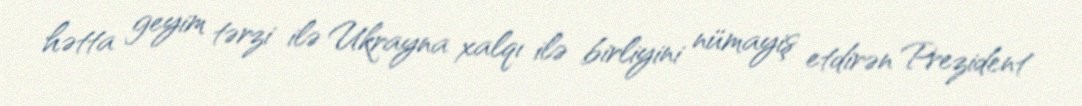
hətta geyim tərzi ilə Ukrayna xalqı ilə birliyini nümayiş etdirən Prezident